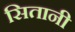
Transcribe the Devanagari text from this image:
सितानी